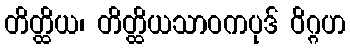
တိတ္ထိယ၊ တိတ္ထိယသာဝကပုဒ် ဝိဂ္ဂဟ